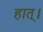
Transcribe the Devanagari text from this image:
हात्।